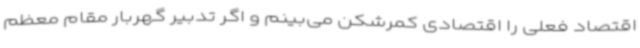
اقتصاد فعلی را اقتصادی کمرشکن می‌بینم و اگر تدبیر گهربار مقام معظم